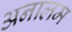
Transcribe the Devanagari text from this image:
अनालम